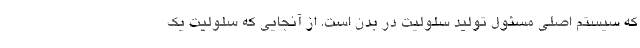
که سیستم اصلی مسئول تولید سلولیت در بدن است. از آنجایی که سلولیت یک